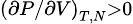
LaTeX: \scriptstyle\left({{\partial P}/{\partial V}}\right)_{T,N}>0